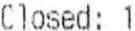
CLOSED: 1